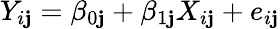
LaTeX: Y_{i\mathbf{j}}=\beta_{0\mathbf{j}}+\beta_{1\mathbf{j}}X_{i\mathbf{j}}+e_{i\mathbf{j}}